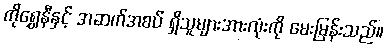
ကိုရွှေနီနှင့် အဆက်အစပ် ရှိသူများအားလုံးကို မေးမြန်းသည်။